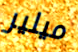
ميلير